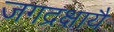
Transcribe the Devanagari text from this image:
जगद्रक्षायै